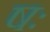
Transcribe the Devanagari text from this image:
षः